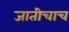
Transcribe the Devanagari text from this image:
जातीचाच